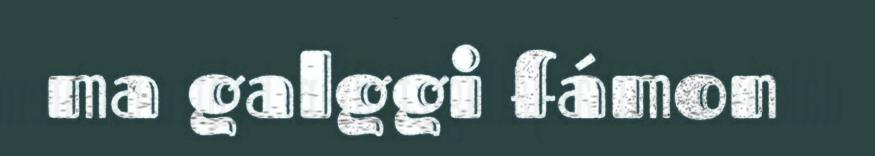
ma galggi fámon